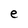
Character: e